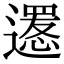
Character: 𨗫